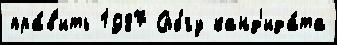
пра́в'ить 1987 Спбгу канд'ида́та